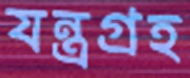
যন্ত্রগ্রহ